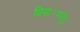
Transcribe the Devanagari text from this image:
दिया।परंतु